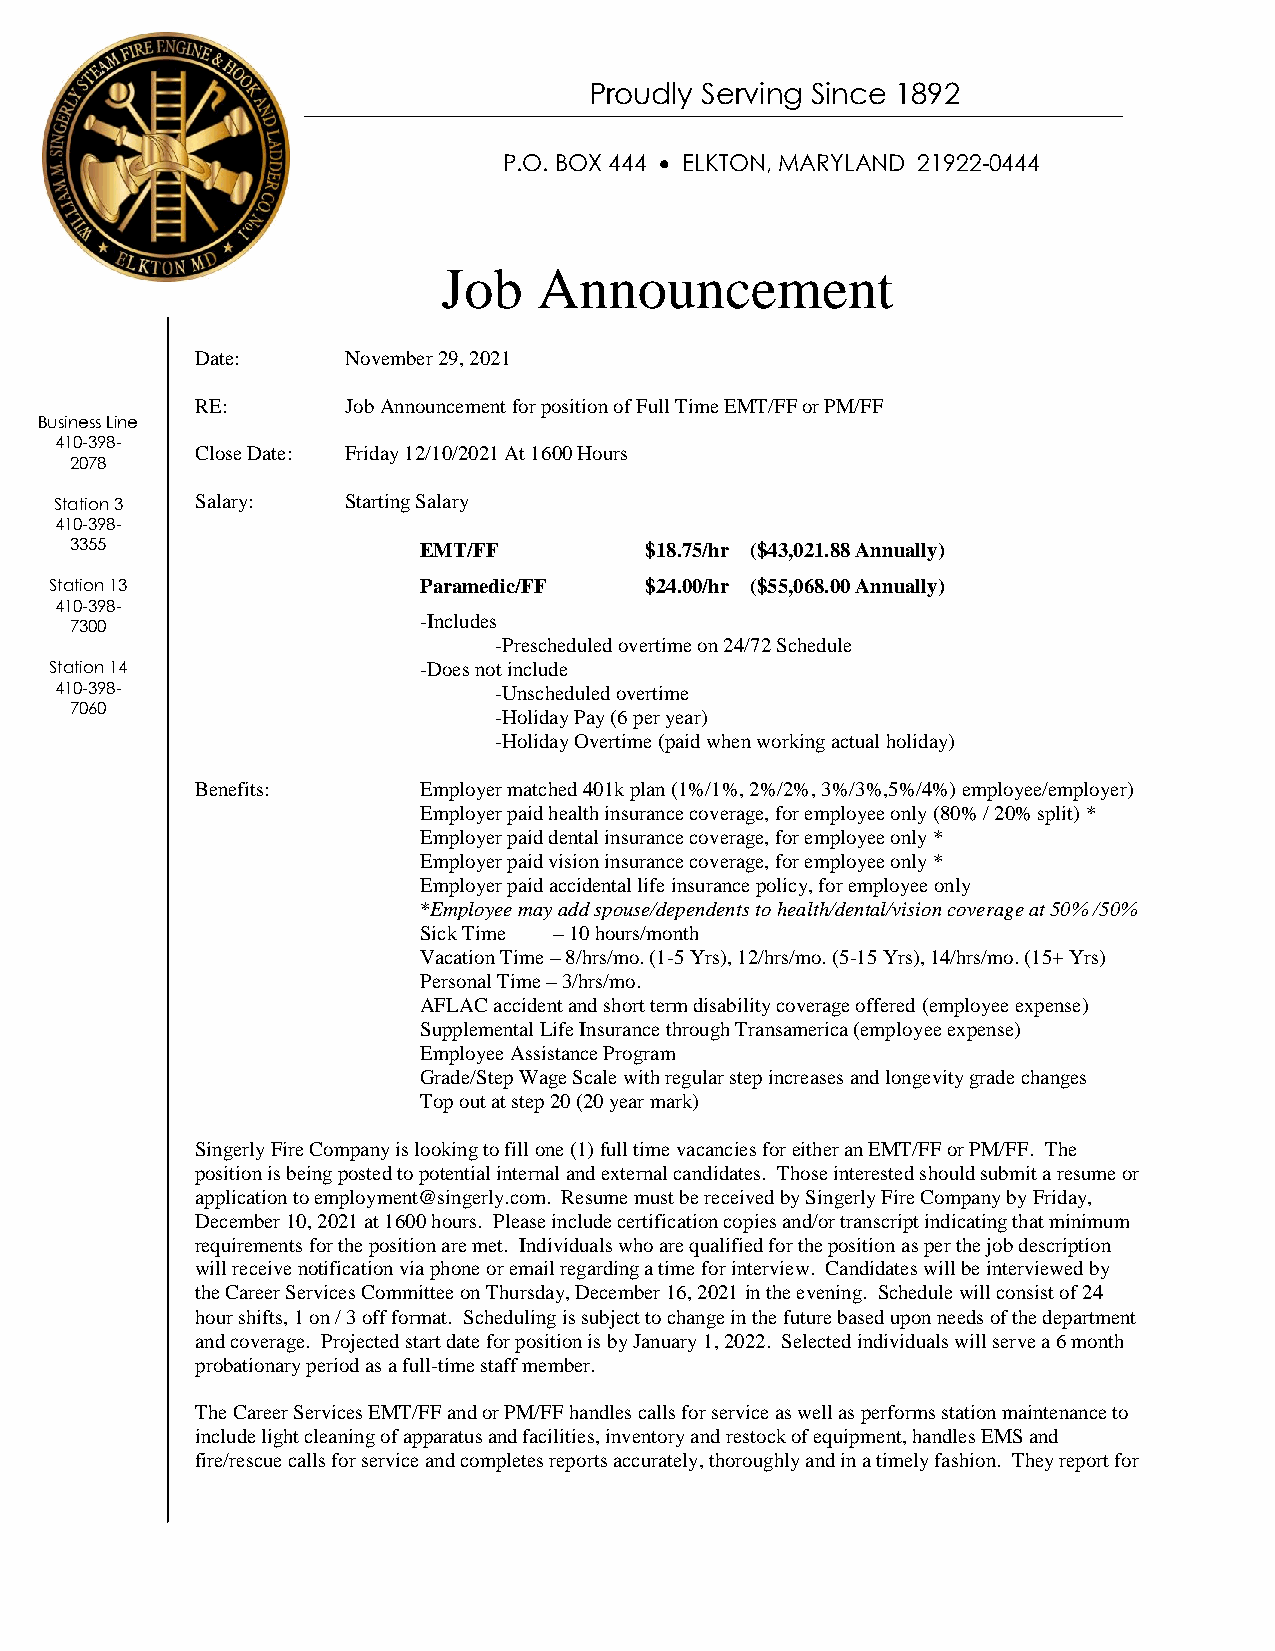
Proudly Serving Since 1892
 P.O. BOX 444  ELKTON, MARYLAND 21922-0444
 Job    Announcement
 Date:     November 29, 2021
 RE:       Job Announcement for position of Full Time EMT/FF or PM/FF
 Business Line
 410-398-
 Close Date: Friday 12/10/2021 At 1600 Hours
 2078
 Station 3 Salary:  Starting Salary
 410-398-
 3355                   EMT/FF         $18.75/hr ($43,021.88 Annually)
 Station 13               Paramedic/FF   $24.00/hr ($55,068.00 Annually)
 410-398-
 -Includes
 7300
 -Prescheduled overtime on 24/72 Schedule
 Station 14               -Does not include
 410-398-                     -Unscheduled overtime
 7060
 -Holiday Pay (6 per year)
 -Holiday Overtime (paid when working actual holiday)
 Benefits:      Employer matched 401k plan (1%/1%, 2%/2%, 3%/3%,5%/4%) employee/employer)
 Employer paid health insurance coverage, for employee only (80% / 20% split) *
 Employer paid dental insurance coverage, for employee only *
 Employer paid vision insurance coverage, for employee only *
 Employer paid accidental life insurance policy, for employee only
 *Employee may add spouse/dependents to health/dental/vision coverage at 50% /50%
 Sick Time – 10 hours/month
 Vacation Time – 8/hrs/mo. (1-5 Yrs), 12/hrs/mo. (5-15 Yrs), 14/hrs/mo. (15+ Yrs)
 Personal Time – 3/hrs/mo.
 AFLAC accident and short term disability coverage offered (employee expense)
 Supplemental Life Insurance through Transamerica (employee expense)
 Employee Assistance Program
 Grade/Step Wage Scale with regular step increases and longevity grade changes
 Top out at step 20 (20 year mark)
 Singerly Fire Company is looking to fill one (1) full time vacancies for either an EMT/FF or PM/FF. The
 position is being posted to potential internal and external candidates. Those interested should submit a resume or
 application to employment@singerly.com. Resume must be received by Singerly Fire Company by Friday,
 December 10, 2021 at 1600 hours. Please include certification copies and/or transcript indicating that minimum
 requirements for the position are met. Individuals who are qualified for the position as per the job description
 will receive notification via phone or email regarding a time for interview. Candidates will be interviewed by
 the Career Services Committee on Thursday, December 16, 2021 in the evening. Schedule will consist of 24
 hour shifts, 1 on / 3 off format. Scheduling is subject to change in the future based upon needs of the department
 and coverage. Projected start date for position is by January 1, 2022. Selected individuals will serve a 6 month
 probationary period as a full-time staff member.
 The Career Services EMT/FF and or PM/FF handles calls for service as well as performs station maintenance to
 include light cleaning of apparatus and facilities, inventory and restock of equipment, handles EMS and
 fire/rescue calls for service and completes reports accurately, thoroughly and in a timely fashion. They report for